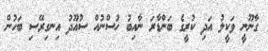
ގާނޫނީ ވަކީލު އަދި ކުރީގެ ބަންޑާރަ ނާއިބު ހުސްނުއް ސުއޫދު އިނގިރޭސި ބަހުން